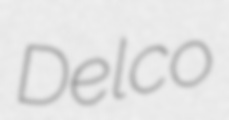
Delco